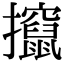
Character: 攛